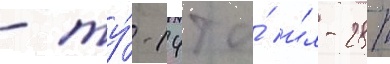
- ту́-14т и́ и́л-28т